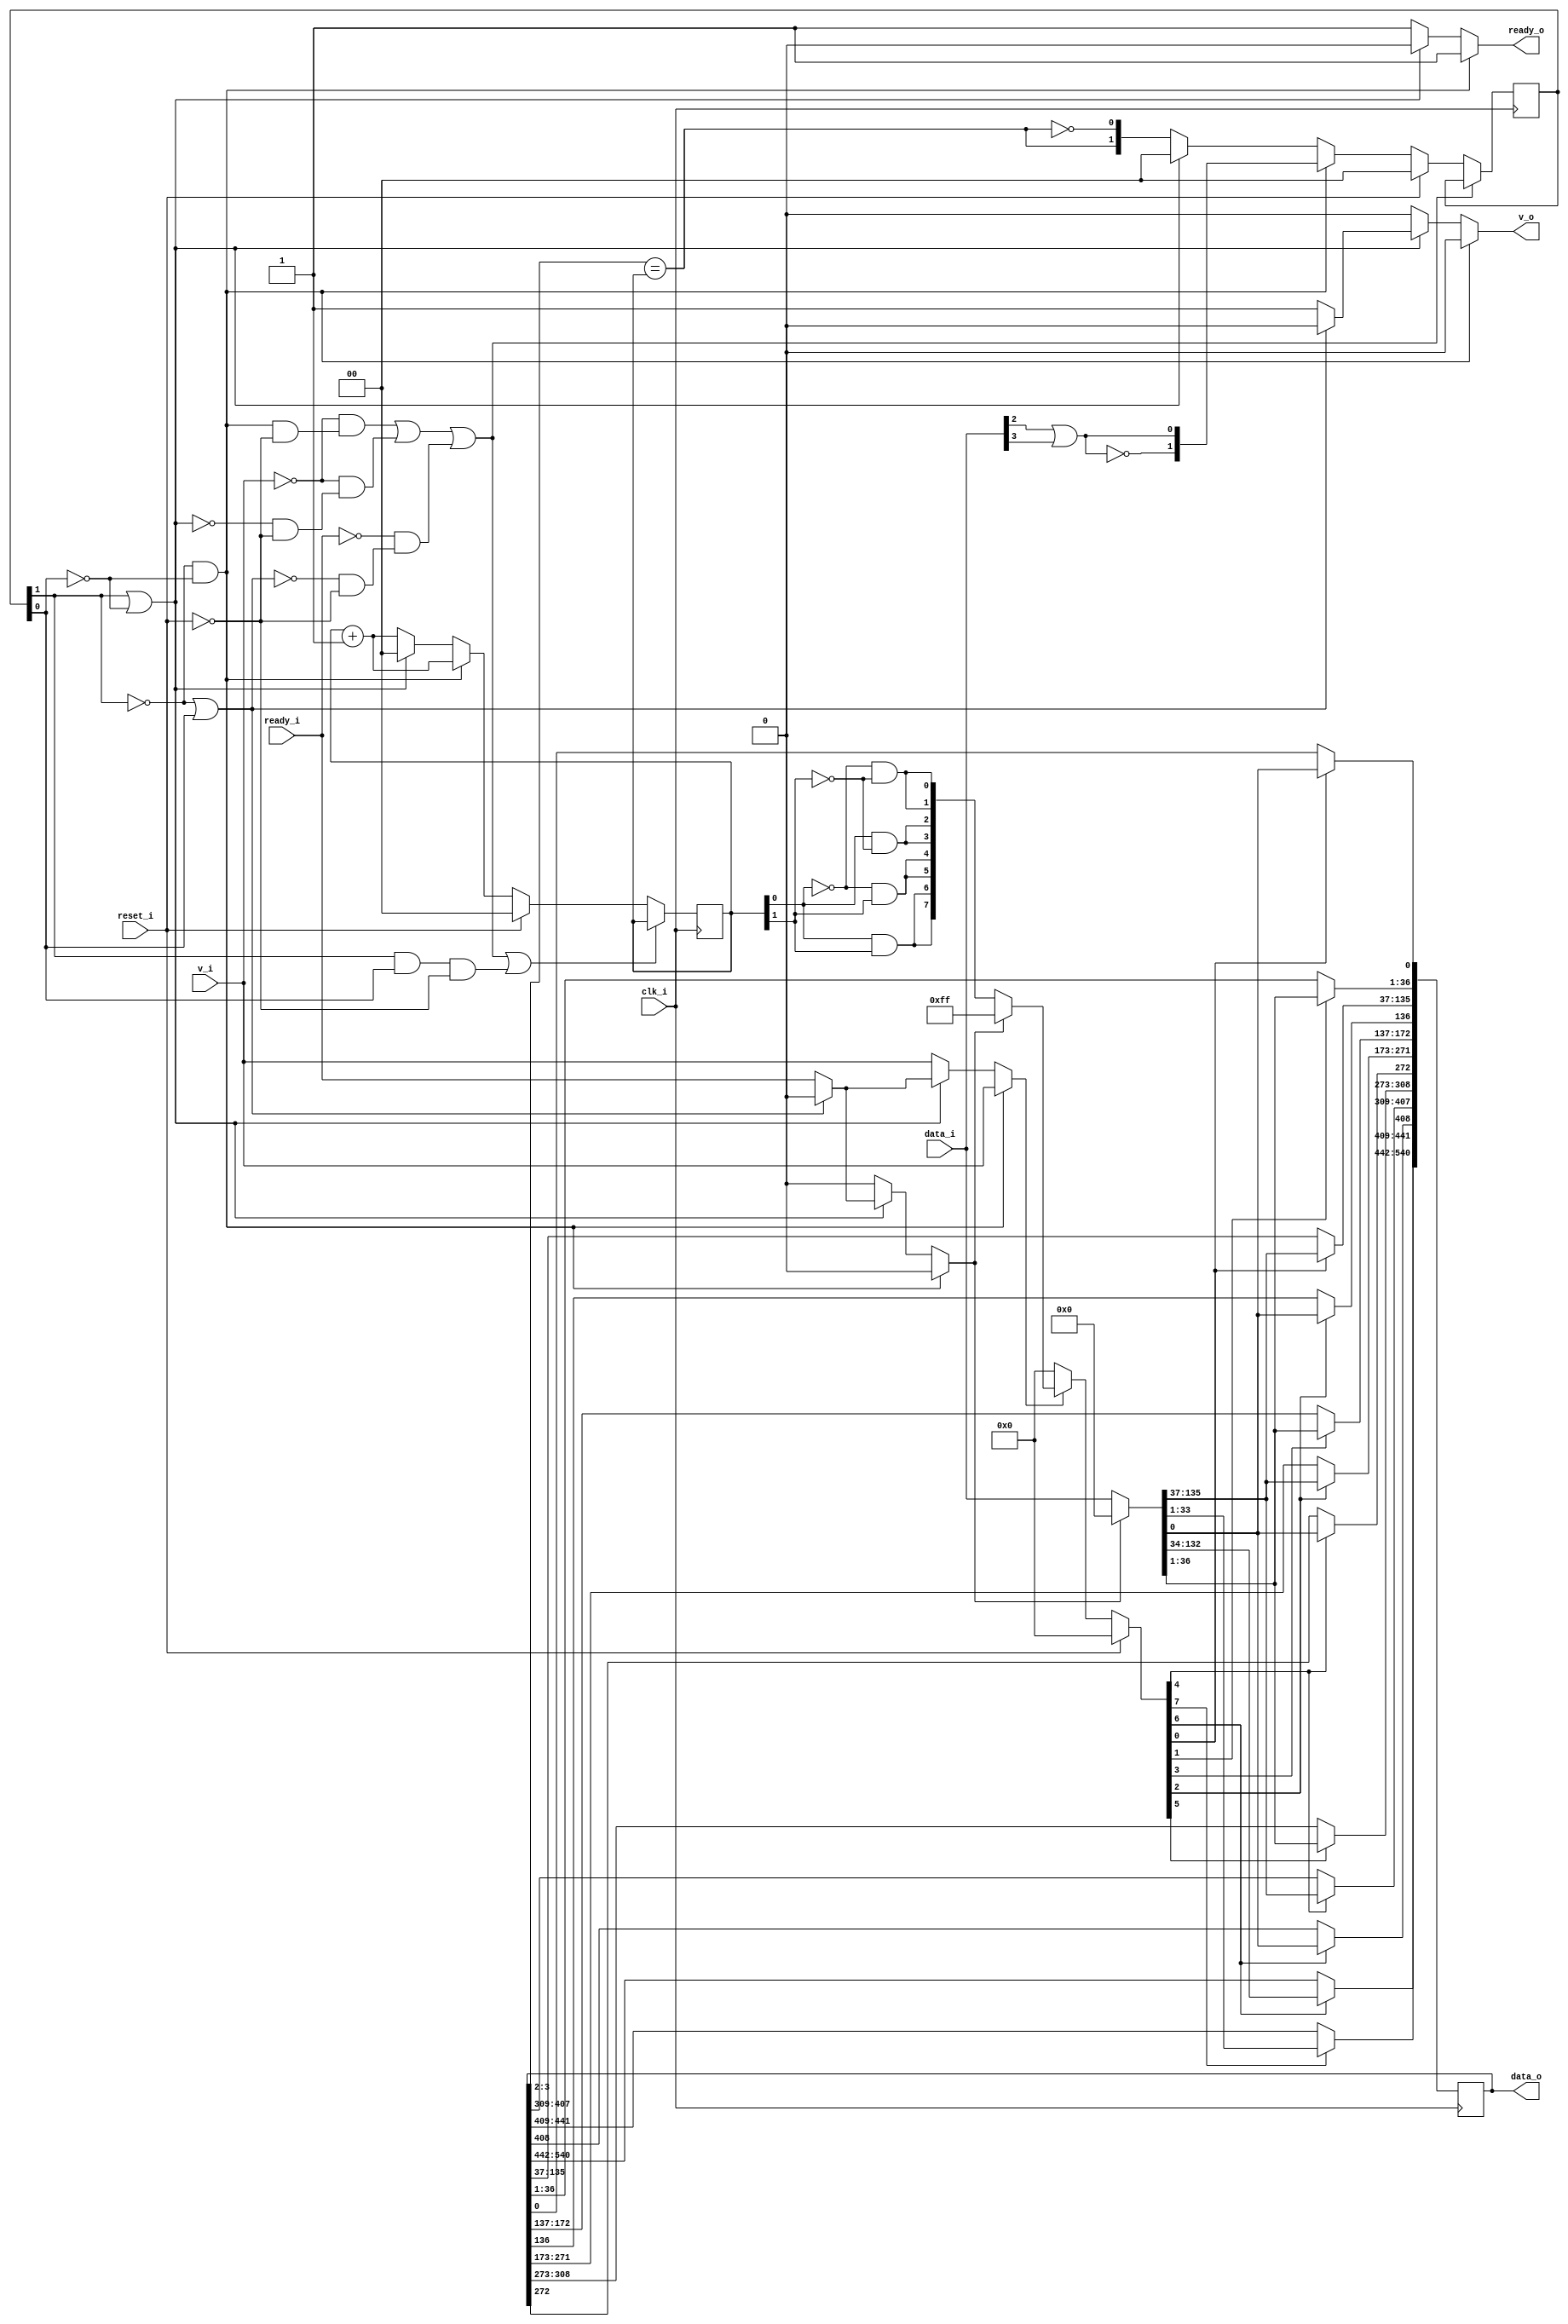
// This program was cloned from: https://github.com/NYU-MLDA/OpenABC
// License: BSD 3-Clause "New" or "Revised" License

module bsg_wormhole_router_adapter_out_max_num_flit_p4_max_payload_width_p537_x_cord_width_p1_y_cord_width_p1
(
  clk_i,
  reset_i,
  data_i,
  v_i,
  ready_o,
  data_o,
  v_o,
  ready_i
);

  input [135:0] data_i;
  output [540:0] data_o;
  input clk_i;
  input reset_i;
  input v_i;
  input ready_i;
  output ready_o;
  output v_o;
  wire ready_o,v_o,N0,N1,N2,N3,N4,N5,N6,N7,N8,N9,N10,N11,N12,N13,we,clear,N14,N15,N16,
  N17,N18,N19,N20,N21,N22,N23,N24,N25,N26,N27,N28,N29,N30,N31,N32,N33,N34,N35,N36,
  N37,N38,N39,N40,N41,N42,N43,N44,N45,N46,N47,N48,N49,N50,N51,N52,N53,N54,N55,N56,
  N57,N58,N59,N60,N61,N62,N63,N64,N65,N66,N67,N68,N69,N70,N71,N72,N73,N74,N75,N76,
  N77,N78,N79,N80,N81,N82,N83,N84,N85,N86,N87,N88,N89,N90,N91,N92,N93,N94,N95,N96,
  N97,N98,N99,N100,N101,N102,N103,N104,N105,N106,N107,N108,N109,N110,N111,N112,
  N113,N114,N115,N116,N117,N118,N119,N120,N121,N122,N123,N124,N125,N126,N127,N128,
  N129,N130,N131,N132,N133,N134,N135,N136,N137,N138,N139,N140,N141,N142,N143,N144,
  N145,N146,N147,N148,N149,N150,N151,N152,N153,N154,N155,N156,N157,N158,N159,N160,
  N161,N162,N163,N164,N165,N166,N167,N168,N169,N170,N171,N172,N173,N174,N175,N176,
  N177,N178,N179,N180,N181,N182,N183,N184,N185,N186,N187,N188,N189,N190,N191,N192,
  N193,N194,N195,N196,N197,N198,N199,N200,N201,N202,N203,N204,N205,N206,N207,N208,
  N209,N210,N211,N212,N213,N214,N215,N216;
  wire [1:0] state_n,count_n;
  reg [540:0] data_o;
  reg [1:0] state_r,count_r;
  assign N16 = N14 & N15;
  assign N17 = state_r[1] | N15;
  assign N19 = N14 | state_r[0];
  assign N21 = state_r[1] & state_r[0];
  assign N29 = data_o[3:2] == count_r;
  assign N215 = data_i[2] | data_i[3];
  assign N216 = ~N215;
  assign { N25, N24 } = count_r + 1'b1;
  assign { N28, N27 } = count_r + 1'b1;
  assign N38 = count_r[0] & count_r[1];
  assign N37 = N0 & count_r[1];
  assign N0 = ~count_r[0];
  assign N36 = count_r[0] & N1;
  assign N1 = ~count_r[1];
  assign N35 = N2 & N3;
  assign N2 = ~count_r[0];
  assign N3 = ~count_r[1];
  assign N30 = ~N29;
  assign ready_o = (N4)? 1'b1 :
                   (N5)? 1'b1 :
                   (N6)? 1'b0 :
                   (N7)? 1'b0 : 1'b0;
  assign N4 = N16;
  assign N5 = N18;
  assign N6 = N20;
  assign N7 = N21;
  assign state_n = (N4)? { N216, N215 } :
                   (N5)? { N29, N30 } :
                   (N6)? { 1'b0, 1'b0 } :
                   (N7)? { 1'b0, 1'b0 } : 1'b0;
  assign we = (N4)? v_i :
              (N5)? v_i :
              (N6)? ready_i :
              (N7)? 1'b0 : 1'b0;
  assign count_n = (N4)? { N25, N24 } :
                   (N5)? { N28, N27 } :
                   (N6)? { 1'b0, 1'b0 } : 1'b0;
  assign v_o = (N4)? 1'b0 :
               (N5)? 1'b0 :
               (N6)? 1'b1 :
               (N7)? 1'b0 : 1'b0;
  assign clear = (N4)? 1'b0 :
                 (N5)? 1'b0 :
                 (N6)? ready_i :
                 (N7)? 1'b0 : 1'b0;
  assign { N182, N181, N180, N179, N178, N177, N41, N39 } = (N8)? { 1'b1, 1'b1, 1'b1, 1'b1, 1'b1, 1'b1, 1'b1, 1'b1 } :
                                                            (N9)? { N38, N38, N37, N37, N36, N36, N35, N35 } : 1'b0;
  assign N8 = clear;
  assign N9 = N34;
  assign { N176, N175, N174, N173, N172, N171, N170, N169, N168, N167, N166, N165, N164, N163, N162, N161, N160, N159, N158, N157, N156, N155, N154, N153, N152, N151, N150, N149, N148, N147, N146, N145, N144, N143, N142, N141, N140, N139, N138, N137, N136, N135, N134, N133, N132, N131, N130, N129, N128, N127, N126, N125, N124, N123, N122, N121, N120, N119, N118, N117, N116, N115, N114, N113, N112, N111, N110, N109, N108, N107, N106, N105, N104, N103, N102, N101, N100, N99, N98, N97, N96, N95, N94, N93, N92, N91, N90, N89, N88, N87, N86, N85, N84, N83, N82, N81, N80, N79, N78, N77, N76, N75, N74, N73, N72, N71, N70, N69, N68, N67, N66, N65, N64, N63, N62, N61, N60, N59, N58, N57, N56, N55, N54, N53, N52, N51, N50, N49, N48, N47, N46, N45, N44, N43, N42, N40 } = (N8)? { 1'b0, 1'b0, 1'b0, 1'b0, 1'b0, 1'b0, 1'b0, 1'b0, 1'b0, 1'b0, 1'b0, 1'b0, 1'b0, 1'b0, 1'b0, 1'b0, 1'b0, 1'b0, 1'b0, 1'b0, 1'b0, 1'b0, 1'b0, 1'b0, 1'b0, 1'b0, 1'b0, 1'b0, 1'b0, 1'b0, 1'b0, 1'b0, 1'b0, 1'b0, 1'b0, 1'b0, 1'b0, 1'b0, 1'b0, 1'b0, 1'b0, 1'b0, 1'b0, 1'b0, 1'b0, 1'b0, 1'b0, 1'b0, 1'b0, 1'b0, 1'b0, 1'b0, 1'b0, 1'b0, 1'b0, 1'b0, 1'b0, 1'b0, 1'b0, 1'b0, 1'b0, 1'b0, 1'b0, 1'b0, 1'b0, 1'b0, 1'b0, 1'b0, 1'b0, 1'b0, 1'b0, 1'b0, 1'b0, 1'b0, 1'b0, 1'b0, 1'b0, 1'b0, 1'b0, 1'b0, 1'b0, 1'b0, 1'b0, 1'b0, 1'b0, 1'b0, 1'b0, 1'b0, 1'b0, 1'b0, 1'b0, 1'b0, 1'b0, 1'b0, 1'b0, 1'b0, 1'b0, 1'b0, 1'b0, 1'b0, 1'b0, 1'b0, 1'b0, 1'b0, 1'b0, 1'b0, 1'b0, 1'b0, 1'b0, 1'b0, 1'b0, 1'b0, 1'b0, 1'b0, 1'b0, 1'b0, 1'b0, 1'b0, 1'b0, 1'b0, 1'b0, 1'b0, 1'b0, 1'b0, 1'b0, 1'b0, 1'b0, 1'b0, 1'b0, 1'b0, 1'b0, 1'b0, 1'b0, 1'b0, 1'b0, 1'b0 } :
                                                                                                                                                                                                                                                                                                                                                                                                                                                                                                                                                                                                                                                                                                                                                                                                   (N9)? data_i : 1'b0;
  assign { N190, N189, N188, N187, N186, N185, N184, N183 } = (N10)? { N182, N181, N180, N179, N178, N177, N41, N39 } :
                                                              (N11)? { 1'b0, 1'b0, 1'b0, 1'b0, 1'b0, 1'b0, 1'b0, 1'b0 } : 1'b0;
  assign N10 = we;
  assign N11 = N33;
  assign { N192, N191 } = (N12)? { 1'b0, 1'b0 } :
                          (N13)? state_n : 1'b0;
  assign N12 = reset_i;
  assign N13 = N32;
  assign { N194, N193 } = (N12)? { 1'b0, 1'b0 } :
                          (N13)? count_n : 1'b0;
  assign { N202, N201, N200, N199, N198, N197, N196, N195 } = (N12)? { 1'b0, 1'b0, 1'b0, 1'b0, 1'b0, 1'b0, 1'b0, 1'b0 } :
                                                              (N13)? { N190, N189, N188, N187, N186, N185, N184, N183 } : 1'b0;
  assign N14 = ~state_r[1];
  assign N15 = ~state_r[0];
  assign N18 = ~N17;
  assign N20 = ~N19;
  assign N22 = N16;
  assign N23 = ~v_i;
  assign N26 = N18;
  assign N31 = ~ready_i;
  assign N32 = ~reset_i;
  assign N33 = ~we;
  assign N34 = ~clear;
  assign N203 = N16 & N32;
  assign N204 = N23 & N203;
  assign N205 = N18 & N32;
  assign N206 = N23 & N205;
  assign N207 = N204 | N206;
  assign N208 = N20 & N32;
  assign N209 = N31 & N208;
  assign N210 = N207 | N209;
  assign N211 = ~N210;
  assign N212 = N21 & N32;
  assign N213 = N210 | N212;
  assign N214 = ~N213;

  always @(posedge clk_i) begin
    if(N201) begin
      { data_o[540:442], data_o[408:408] } <= { N173, N172, N171, N170, N169, N168, N167, N166, N165, N164, N163, N162, N161, N160, N159, N158, N157, N156, N155, N154, N153, N152, N151, N150, N149, N148, N147, N146, N145, N144, N143, N142, N141, N140, N139, N138, N137, N136, N135, N134, N133, N132, N131, N130, N129, N128, N127, N126, N125, N124, N123, N122, N121, N120, N119, N118, N117, N116, N115, N114, N113, N112, N111, N110, N109, N108, N107, N106, N105, N104, N103, N102, N101, N100, N99, N98, N97, N96, N95, N94, N93, N92, N91, N90, N89, N88, N87, N86, N85, N84, N83, N82, N81, N80, N79, N78, N77, N76, N75, N40 };
    end
    if(N202) begin
      { data_o[441:409] } <= { N74, N73, N72, N71, N70, N69, N68, N67, N66, N65, N64, N63, N62, N61, N60, N59, N58, N57, N56, N55, N54, N53, N52, N51, N50, N49, N48, N47, N46, N45, N44, N43, N42 };
    end
    if(N199) begin
      { data_o[407:309], data_o[272:272] } <= { N176, N175, N174, N173, N172, N171, N170, N169, N168, N167, N166, N165, N164, N163, N162, N161, N160, N159, N158, N157, N156, N155, N154, N153, N152, N151, N150, N149, N148, N147, N146, N145, N144, N143, N142, N141, N140, N139, N138, N137, N136, N135, N134, N133, N132, N131, N130, N129, N128, N127, N126, N125, N124, N123, N122, N121, N120, N119, N118, N117, N116, N115, N114, N113, N112, N111, N110, N109, N108, N107, N106, N105, N104, N103, N102, N101, N100, N99, N98, N97, N96, N95, N94, N93, N92, N91, N90, N89, N88, N87, N86, N85, N84, N83, N82, N81, N80, N79, N78, N40 };
    end
    if(N200) begin
      { data_o[308:273] } <= { N77, N76, N75, N74, N73, N72, N71, N70, N69, N68, N67, N66, N65, N64, N63, N62, N61, N60, N59, N58, N57, N56, N55, N54, N53, N52, N51, N50, N49, N48, N47, N46, N45, N44, N43, N42 };
    end
    if(N197) begin
      { data_o[271:173], data_o[136:136] } <= { N176, N175, N174, N173, N172, N171, N170, N169, N168, N167, N166, N165, N164, N163, N162, N161, N160, N159, N158, N157, N156, N155, N154, N153, N152, N151, N150, N149, N148, N147, N146, N145, N144, N143, N142, N141, N140, N139, N138, N137, N136, N135, N134, N133, N132, N131, N130, N129, N128, N127, N126, N125, N124, N123, N122, N121, N120, N119, N118, N117, N116, N115, N114, N113, N112, N111, N110, N109, N108, N107, N106, N105, N104, N103, N102, N101, N100, N99, N98, N97, N96, N95, N94, N93, N92, N91, N90, N89, N88, N87, N86, N85, N84, N83, N82, N81, N80, N79, N78, N40 };
    end
    if(N198) begin
      { data_o[172:137] } <= { N77, N76, N75, N74, N73, N72, N71, N70, N69, N68, N67, N66, N65, N64, N63, N62, N61, N60, N59, N58, N57, N56, N55, N54, N53, N52, N51, N50, N49, N48, N47, N46, N45, N44, N43, N42 };
    end
    if(N195) begin
      { data_o[135:37], data_o[0:0] } <= { N176, N175, N174, N173, N172, N171, N170, N169, N168, N167, N166, N165, N164, N163, N162, N161, N160, N159, N158, N157, N156, N155, N154, N153, N152, N151, N150, N149, N148, N147, N146, N145, N144, N143, N142, N141, N140, N139, N138, N137, N136, N135, N134, N133, N132, N131, N130, N129, N128, N127, N126, N125, N124, N123, N122, N121, N120, N119, N118, N117, N116, N115, N114, N113, N112, N111, N110, N109, N108, N107, N106, N105, N104, N103, N102, N101, N100, N99, N98, N97, N96, N95, N94, N93, N92, N91, N90, N89, N88, N87, N86, N85, N84, N83, N82, N81, N80, N79, N78, N40 };
    end
    if(N196) begin
      { data_o[36:1] } <= { N77, N76, N75, N74, N73, N72, N71, N70, N69, N68, N67, N66, N65, N64, N63, N62, N61, N60, N59, N58, N57, N56, N55, N54, N53, N52, N51, N50, N49, N48, N47, N46, N45, N44, N43, N42 };
    end
    if(N211) begin
      { state_r[1:0] } <= { N192, N191 };
    end
    if(N214) begin
      { count_r[1:0] } <= { N194, N193 };
    end
  end


endmodule